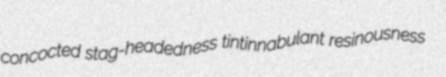
concocted stag-headedness tintinnabulant resinousness